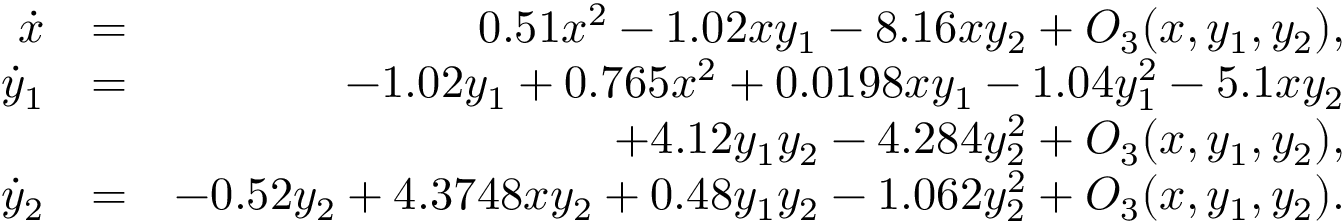
\begin{array} { r l r } { \dot { x } } & { = } & { 0 . 5 1 x ^ { 2 } - 1 . 0 2 x y _ { 1 } - 8 . 1 6 x y _ { 2 } + O _ { 3 } ( x , y _ { 1 } , y _ { 2 } ) , } \\ { \dot { y } _ { 1 } } & { = } & { - 1 . 0 2 y _ { 1 } + 0 . 7 6 5 x ^ { 2 } + 0 . 0 1 9 8 x y _ { 1 } - 1 . 0 4 y _ { 1 } ^ { 2 } - 5 . 1 x y _ { 2 } } \\ & { } & { + 4 . 1 2 y _ { 1 } y _ { 2 } - 4 . 2 8 4 y _ { 2 } ^ { 2 } + O _ { 3 } ( x , y _ { 1 } , y _ { 2 } ) , } \\ { \dot { y } _ { 2 } } & { = } & { - 0 . 5 2 y _ { 2 } + 4 . 3 7 4 8 x y _ { 2 } + 0 . 4 8 y _ { 1 } y _ { 2 } - 1 . 0 6 2 y _ { 2 } ^ { 2 } + O _ { 3 } ( x , y _ { 1 } , y _ { 2 } ) . } \end{array}